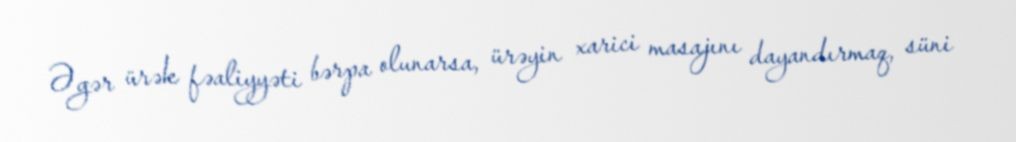
Əgər ürək fəaliyyəti bərpa olunarsa, ürəyin xarici masajını dayandırmaq, süni